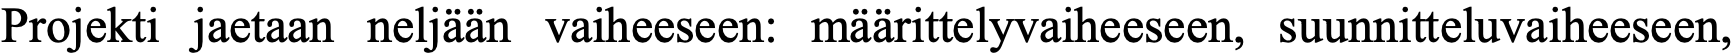
Projekti jaetaan neljään vaiheeseen: määrittelyvaiheeseen, suunnitteluvaiheeseen,